Scottish Leaving Certificate Examination, 1953
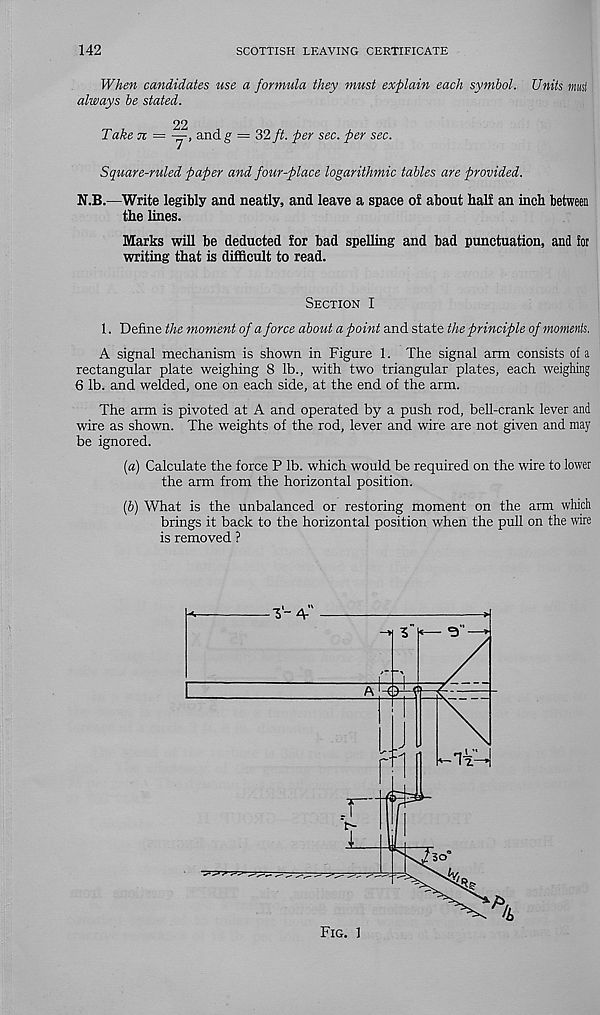
142
SCOTTISH LEAVING CERTIFICATE
When candidates use a formula they must explain each symbol. Units mml
always be stated.
22
Take n —
and g = 32 ft. per sec. per sec.
Square-ruled paper and four-place logarithmic tables are provided.
N.B.—Write legibly and neatly, and leave a space of about half an inch between
the lines.
Marks will be deducted for bad spelling and bad punctuation, and for
writing that is difficult to read.
Section I
1. Define the moment of a force about a point and state the principle of moments.
A signal mechanism is shown in Figure 1. The signal arm consists of a
rectangular plate weighing 8 lb., with two triangular plates, each weighing
6 lb. and welded, one on each side, at the end of the arm.
The arm is pivoted at A and operated by a push rod, bell-crank lever and
wire as shown. The weights of the rod, lever and wire are not given and may
be ignored.
[а) Calculate the force P lb. which would be required on the wire to lower
the arm from the horizontal position.
(б) What is the unbalanced or restoring moment on the arm which
brings it back to the horizontal position when the pull on the wire
is removed ?
Fig. 1